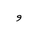
Letter: _waw